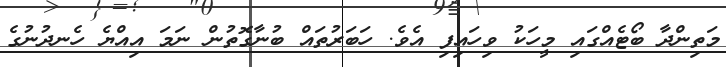
މަތިންދާ ބޯޓެއްގައި މީހަކު ވިހައިފި އެވެ. ހަބަރުތައް ބުނާގޮތުން ނަމަ އިއްޔެ ހެނދުނުގެ